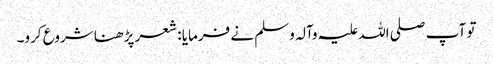
تو آپ صلی اللہ علیہ وآلہ وسلم نے فرمایا : شعر پڑھنا شروع کرو۔